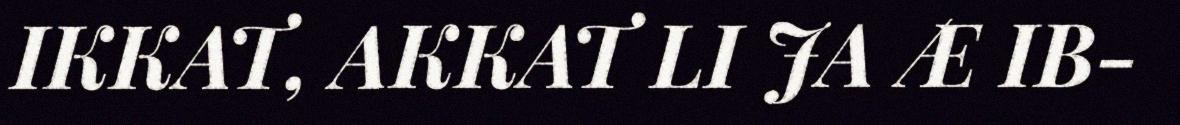
IKKAT, AKKAT LI JA Æ IB-